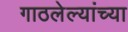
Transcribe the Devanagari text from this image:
गाठलेल्यांच्या